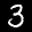
Label: 3